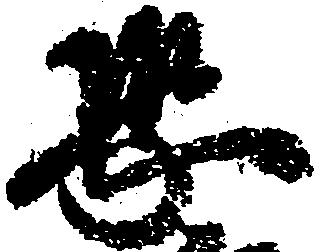
恐